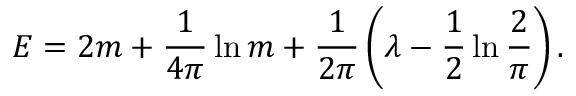
E = 2 m + \frac { 1 } { 4 \pi } \ln m + \frac { 1 } { 2 \pi } \left( \lambda - \frac { 1 } { 2 } \ln \frac { 2 } { \pi } \right) .